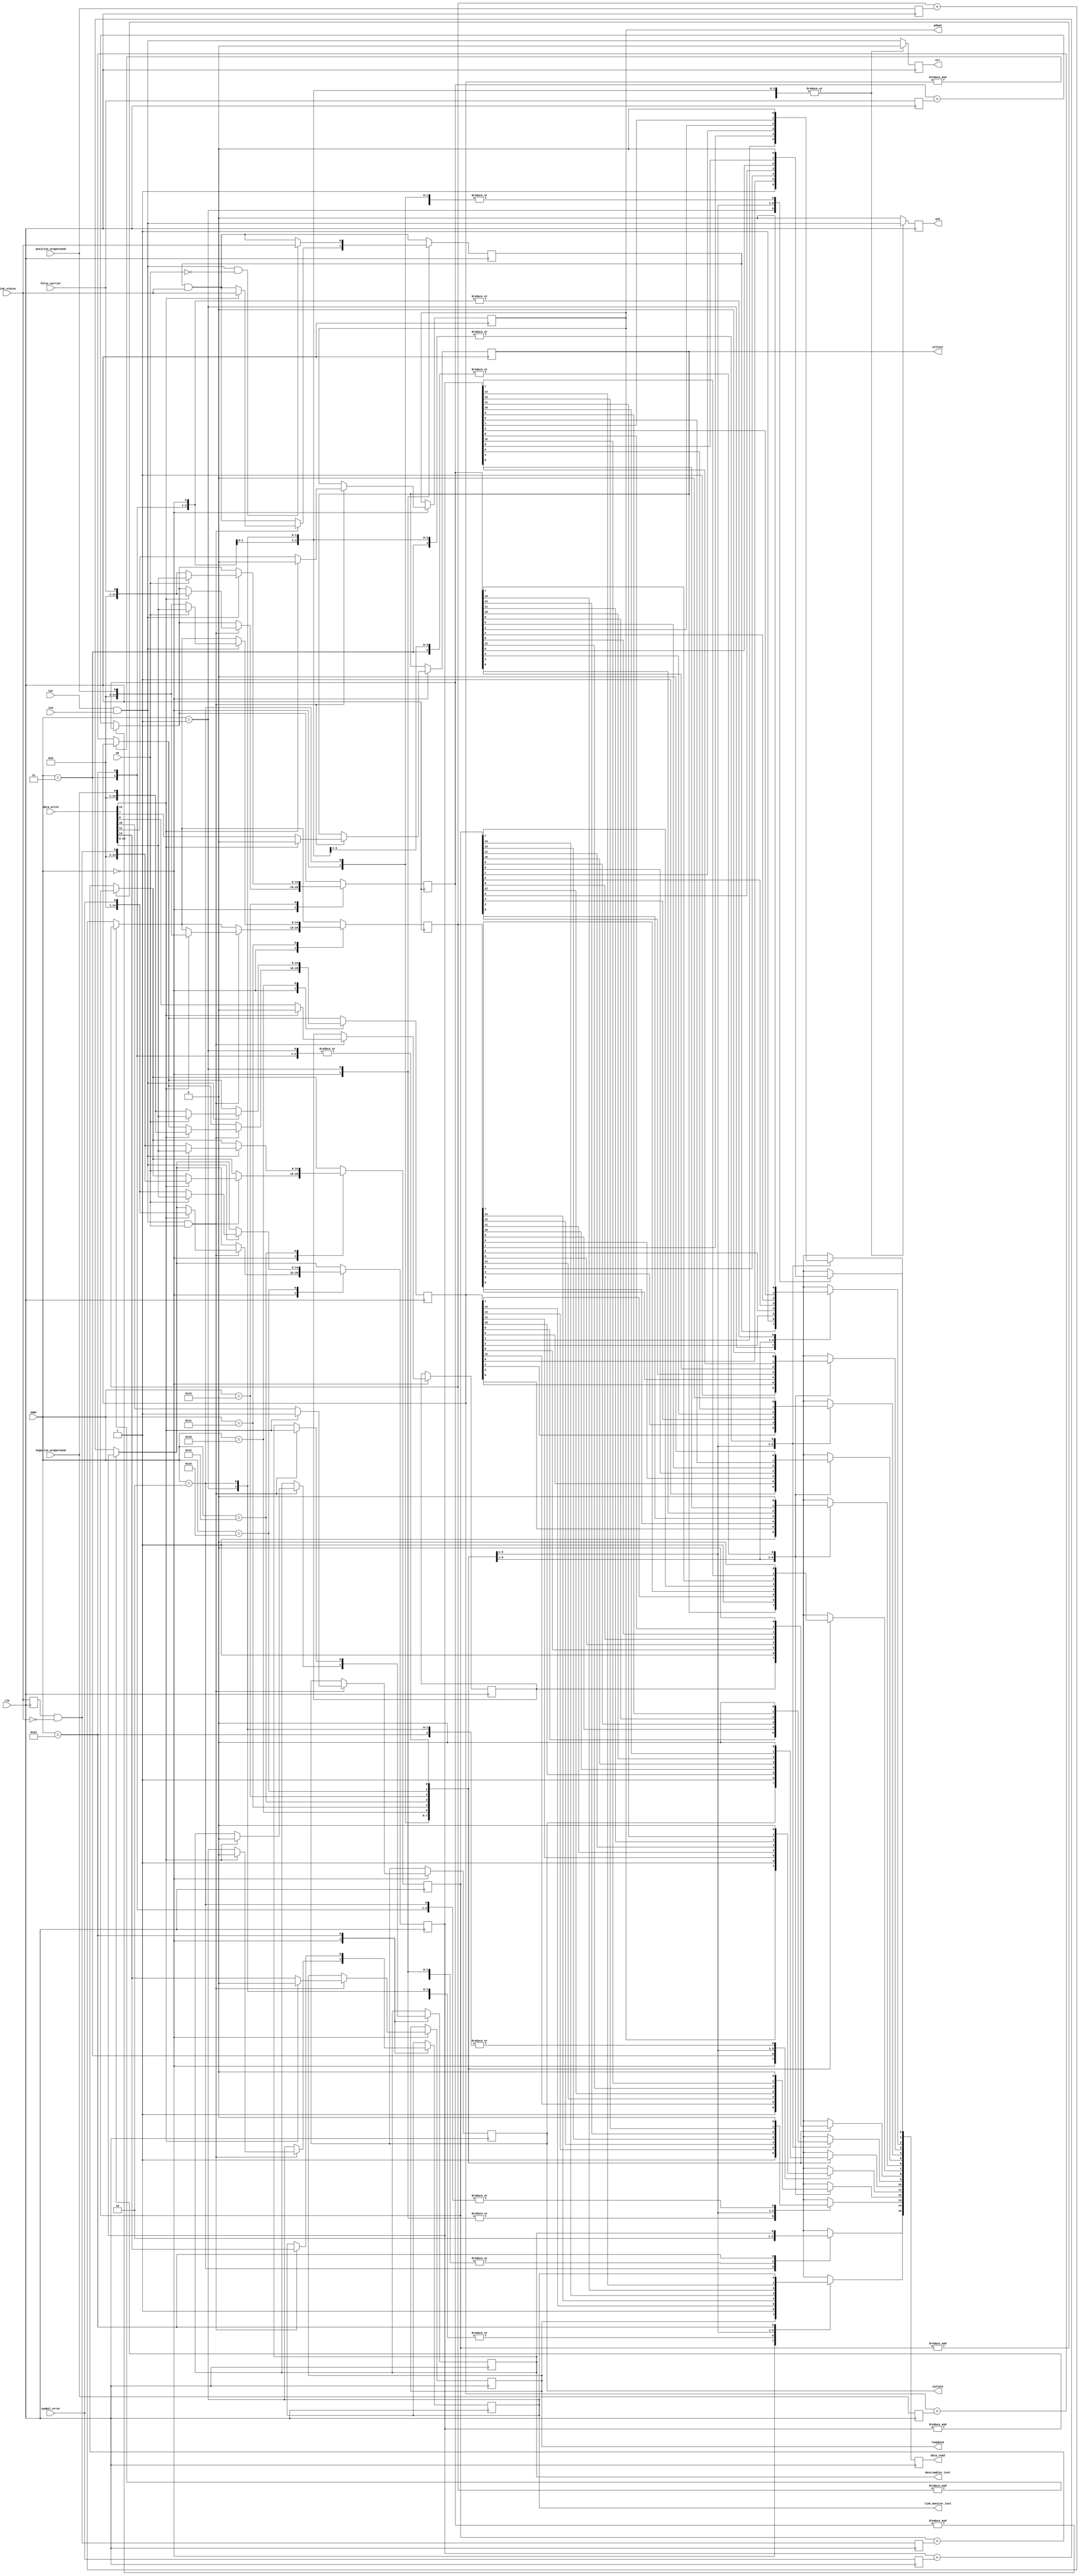
module mdio_regs (
	/* Wishbone */
	input clk,
	output reg ack, err,
	input cyc, stb, we,
	input [4:0] addr,
	input [15:0] data_write,
	output reg [15:0] data_read,

	/* Control signals */
	input link_status,
	input positive_wraparound,
	input negative_wraparound,
	input false_carrier,
	input symbol_error,
	output reg loopback,
	output reg pdown,
	output reg isolate,
	output reg coltest,
	output reg descrambler_test,
	output reg link_monitor_test
);

	/*
	 * A test OUI in "canonical" form. Don't use this! It's just here to
	 * test the bit-reversal logic (as seen in 802 8.2.2).
	 */
	parameter [23:0] OUI		= 24'hacde48;
	parameter [5:0] MODEL		= 0;
	parameter [3:0] REVISION	= 0;
	/*
	 * Normally, this module will assert err when read/writing to an
	 * unknown register. The master will detect this and won't drive the
	 * MDIO line. However, this might be undesirable if there is no
	 * external MDIO bus. Setting this parameter to 0 will cause it to ack
	 * all transactions. Writes to unknown registers will be ignored, and
	 * reads from unknown registers will yield 16'hffff, emulating
	 * a pull-up on MDIO.
	 */
	parameter EMULATE_PULLUP	= 0;
	/* Enable counter registers */
	parameter ENABLE_COUNTERS	= 1;
	/*
	 * Number of bits in counters; we can't meet timing with 16 bits, so
	 * use a smaller default.
	 */
	parameter COUNTER_WIDTH		= 15;

	/* c22 Basic Mode Control Register */
	localparam BMCR		= 0;
	/* c22 Basic Mode Status Register */
	localparam BMSR		= 1;
	/* c22 Phy Identifier */
	localparam ID1		= 2;
	localparam ID2		= 3;
	/* Negative Wraparound Counter Register */
	localparam NWCR		= 16;
	/* Positive Wraparound Counter Register */
	localparam PWCR		= 17;
	/* Disconnect Counter Register */
	localparam DCR		= 18;
	/* False Carrier Counter Register */
	localparam FCCR		= 19;
	/* Symbol Error Counter Register */
	localparam SECR		= 21;
	/* Vendor Control Register */
	localparam VCR		= 30;

	localparam BMCR_RESET		= 15;
	localparam BMCR_LOOPBACK	= 14;
	localparam BMCR_SPEED_LSB	= 13;
	localparam BMCR_PDOWN		= 11;
	localparam BMCR_ISOLATE		= 10;
	localparam BMCR_DUPLEX		= 8;
	localparam BMCR_COLTEST		= 7;
	localparam BMCR_SPEED_MSB	= 6;

	localparam BMSR_100FULL		= 14;
	localparam BMSR_100HALF		= 13;
	localparam BMSR_LSTATUS		= 2;
	localparam BMSR_EXTCAP		= 0;

	/* VCR Descrambler test mode */
	localparam VCR_DTEST		= 15;
	/* VCR Link monitor test mode */
	localparam VCR_LTEST		= 14;

	integer i;
	reg ack_next, err_next;
	reg [15:0] data_read_next;
	reg duplex, link_status_latched, link_status_latched_next, link_status_last, disconnect;
	reg loopback_next, pdown_next, isolate_next, duplex_next, coltest_next;
	reg descrambler_test_next, link_monitor_test_next;
	reg nwl, pwl, dl, fcl, sel;
	/* Can't meet timing at 16 bits wide */
	reg [COUNTER_WIDTH-1:0] nwc, pwc, dc, fcc, sec;
	reg [COUNTER_WIDTH-1:0] nwc_next, pwc_next, dc_next, fcc_next, sec_next;

	initial begin
		ack = 0;
		err = 0;
		loopback = 0;
		pdown = 0;
		isolate = 1;
		duplex = 0;
		coltest = 0;
		link_status_latched = 0;
		link_status_last = 0;
		if (ENABLE_COUNTERS) begin
			nwl = 0;
			pwl = 0;
			dl = 0;
			fcl = 0;
			sel = 0;
			nwc = 0;
			pwc = 0;
			dc = 0;
			fcc = 0;
			sec = 0;
		end
		descrambler_test = 0;
		link_monitor_test = 0;
	end

	always @(*) begin
		loopback_next = loopback;
		pdown_next = pdown;
		isolate_next = isolate;
		duplex_next = duplex;
		coltest_next = coltest;
		link_status_latched_next = link_status_latched && link_status;
		disconnect = link_status_last && !link_status;
		descrambler_test_next = descrambler_test;
		link_monitor_test_next = link_monitor_test;

		if (ENABLE_COUNTERS) begin
			nwc_next = nwc;
			pwc_next = pwc;
			dc_next = dc;
			fcc_next = fcc;
			sec_next = sec;

			if (!(&nwc)) nwc_next = nwc + nwl;
			if (!(&pwc)) pwc_next = pwc + pwl;
			if (!(&dc)) dc_next = dc + dl;
			if (!(&fcc)) fcc_next = fcc + fcl;
			if (!(&sec)) sec_next = sec + sel;
		end

		data_read_next = 0;
		ack_next = cyc && stb;
		err_next = 0;
		case (addr)
		BMCR: begin
			data_read_next[BMCR_LOOPBACK] = loopback;
			data_read_next[BMCR_SPEED_LSB] = 1; /* 100 Mb/s */
			data_read_next[BMCR_PDOWN] = pdown;
			data_read_next[BMCR_ISOLATE] = isolate;
			data_read_next[BMCR_DUPLEX] = duplex;
			data_read_next[BMCR_COLTEST] = coltest;

			if (ack_next && we) begin
				loopback_next = data_write[BMCR_LOOPBACK];
				pdown_next = data_write[BMCR_PDOWN];
				isolate_next = data_write[BMCR_ISOLATE];
				duplex_next = data_write[BMCR_DUPLEX];
				coltest_next = data_write[BMCR_COLTEST];

				if (data_write[BMCR_RESET]) begin
					loopback_next = 0;
					pdown_next = 0;
					isolate_next = 1;
					duplex_next = 0;
					coltest_next = 0;
					link_status_latched_next = link_status;
					if (ENABLE_COUNTERS) begin
						nwc_next = negative_wraparound;
						pwc_next = positive_wraparound;
						dc_next = disconnect;
						fcc_next = false_carrier;
						sec_next = symbol_error;
					end
					descrambler_test_next = 0;
					link_monitor_test_next = 0;
				end
			end
		end
		BMSR: begin
			data_read_next[BMSR_100FULL] = 1;
			data_read_next[BMSR_100HALF] = 1;
			data_read_next[BMSR_LSTATUS] = link_status_latched;
			data_read_next[BMSR_EXTCAP] = 1;

			if (ack_next && !we)
				link_status_latched_next = link_status;
		end
		ID1: begin
			/* "bit-reverse" the OUI */
			for (i = 6; i < 8; i = i + 1)
				data_read_next[i - 6] = OUI[7 - i];
			for (i = 0; i < 8; i = i + 1)
				data_read_next[i + 2] = OUI[15 - i];
			for (i = 0; i < 6; i = i + 1)
				data_read_next[i + 10] = OUI[23 - i];
		end
		ID2: begin
			data_read_next[3:0] = REVISION;
			data_read_next[9:4] = MODEL;
			for (i = 0; i < 6; i = i + 1)
				data_read_next[i + 10] = OUI[7 - i];
		end
		NWCR: if (ENABLE_COUNTERS) begin
			data_read_next = nwc;

			if (ack_next)
				nwc_next = we ? data_write : negative_wraparound;
		end
		PWCR: if (ENABLE_COUNTERS) begin
			data_read_next = pwc;

			if (ack_next)
				pwc_next = we ? data_write : positive_wraparound;
		end
		DCR: if (ENABLE_COUNTERS) begin
			data_read_next = dc;

			if (ack_next)
				dc_next = we ? data_write : disconnect;
		end
		FCCR: if (ENABLE_COUNTERS) begin
			data_read_next = fcc;

			if (ack_next)
				fcc_next = we ? data_write : false_carrier;
		end
		SECR: if (ENABLE_COUNTERS) begin
			data_read_next = sec;

			if (ack_next)
				sec_next = we ? data_write : symbol_error;
		end
		VCR: begin
			data_read_next[VCR_DTEST] = descrambler_test;
			data_read_next[VCR_LTEST] = link_monitor_test;

			if (ack_next && we) begin
				descrambler_test_next = data_write[VCR_DTEST];
				link_monitor_test_next = data_write[VCR_LTEST];
			end
		end
		default: begin
			if (EMULATE_PULLUP) begin
				data_read_next = 16'hFFFF;
			end else begin
				err_next = ack_next;
				ack_next = 0;
				data_read_next = 16'hXXXX;
			end
		end
		endcase
	end

	always @(posedge clk) begin
		loopback <= loopback_next;
		pdown <= pdown_next;
		isolate <= isolate_next;
		duplex <= duplex_next;
		coltest <= coltest_next;
		link_status_latched <= link_status_latched_next;
		link_status_last <= link_status;
		ack <= ack_next;
		err <= err_next;
		data_read <= data_read_next;
		if (ENABLE_COUNTERS) begin
			nwl <= negative_wraparound;
			pwl <= positive_wraparound;
			dl <= disconnect;
			fcl <= false_carrier;
			sel <= symbol_error;
			nwc <= nwc_next;
			pwc <= pwc_next;
			dc <= dc_next;
			fcc <= fcc_next;
			sec <= sec_next;
		end
		descrambler_test <= descrambler_test_next;
		link_monitor_test <= link_monitor_test_next;
	end

endmodule